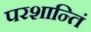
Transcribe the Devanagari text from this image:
परशान्तिं